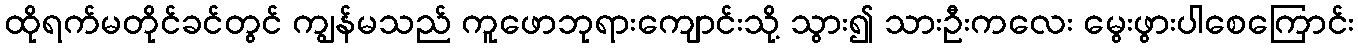
ထိုရက်မတိုင်ခင်တွင် ကျွန်မသည် ကူဖောဘုရားကျောင်းသို့ သွား၍ သားဦးကလေး မွေးဖွားပါစေကြောင်း